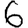
Digit: 6